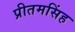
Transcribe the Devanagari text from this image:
प्रीतमसिंह